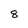
Character: 8